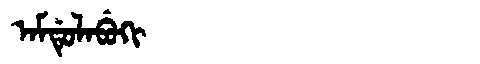
Manchu: ᠠᠮᡩᡠᠯᠠᠪᡠᡴᡳ
Romanization: AMDULABUKI